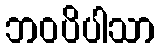
ဘဝပိပါသာ